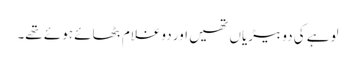
لوہے کی دو بیڑیاں تھیں اور دوغلام بٹھائے ہوئے تھے۔